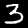
Digit: 3